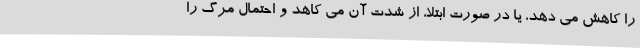
را کاهش می دهد، یا در صورت ابتلا، از شدت آن می کاهد و احتمال مرگ را